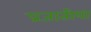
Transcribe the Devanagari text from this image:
प्रजातीया